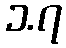
၁.၇